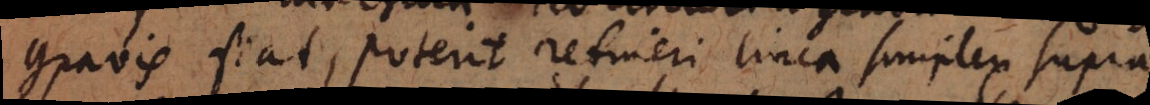
gravis fiat, poterit retineri linea simplex supra